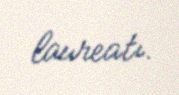
laureatı.